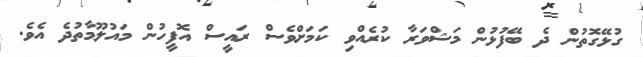
ގުޅޭގޮތުން ދެ ބޭފުޅުން މަޝްވަރާ ކުރެއްވި ކަމަށްވެސް ރައީސް އޮފީހުން މައުލޫމާތުދެ އެވެ.